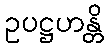
ဥပဋ္ဌဟန္တိ